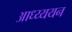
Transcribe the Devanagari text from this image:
आध्य्ययन